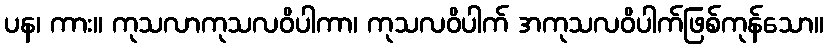
ပန၊ ကား။ ကုသလာကုသလဝိပါကာ၊ ကုသလဝိပါက် အကုသလဝိပါက်ဖြစ်ကုန်သော။